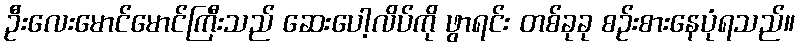
ဦးလေးမောင်မောင်ကြီးသည် ဆေးပေါ့လိပ်ကို ဖွာရင်း တစ်ခုခု စဉ်းစားနေပုံရသည်။